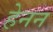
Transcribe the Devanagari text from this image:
हेनन